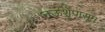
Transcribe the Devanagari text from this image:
नऊशेपासून